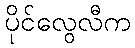
ပိုင်လွေလီက